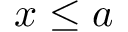
x \leq a